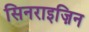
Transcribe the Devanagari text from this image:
सिनराइज़िन